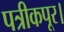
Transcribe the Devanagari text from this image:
पत्रीकपूर।